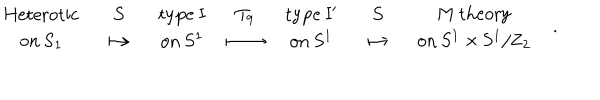
{ \begin{array} { c } { { \mathrm { H e t e r o t i c } } } \\ { { \mathrm { o n ~ S _ { 1 } } } } \\ \end{array} } \quad { \begin{array} { c } { { S } } \\ { { \longmapsto } } \\ \end{array} } \quad { \begin{array} { c } { { \mathrm { t y p e ~ I } } } \\ { { \mathrm { o n ~ S ^ { 1 } } } } \\ \end{array} } \quad { \begin{array} { c } { { T _ { 9 } } } \\ { { \longmapsto } } \\ \end{array} } \quad { \begin{array} { c } { { \mathrm { t y p e ~ I ^ { \prime } } } } \\ { { \mathrm { o n ~ S ^ { 1 } } } } \\ \end{array} } \quad { \begin{array} { c } { { S } } \\ { { \longmapsto } } \\ \end{array} } \quad { \begin{array} { c } { { \mathrm { M ~ t h e o r y } } } \\ { { \mathrm { o n ~ S ^ { 1 } \times S ^ { 1 } / Z _ { 2 } } } } \\ \end{array} } \quad .